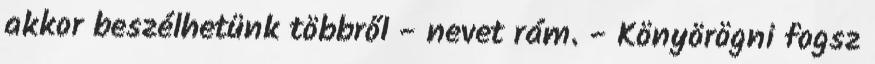
akkor beszélhetünk többről - nevet rám. - Könyörögni fogsz